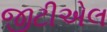
જીટીએલ